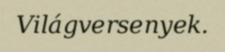
Világversenyek.